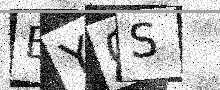
Text: BY0S